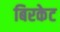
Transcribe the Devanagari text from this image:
बिरकेट